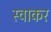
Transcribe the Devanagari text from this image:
स्वाकर